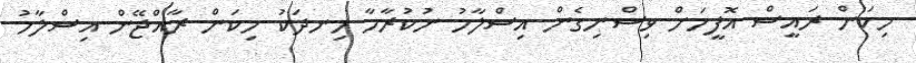
މިކަން ރައީސް އޮފީހަށް ވިސްނިގެން އިސްލާހު ނުކުރާހާ ހިނދަކު މިކަން ރާއްޖޭން އިސްލާހު